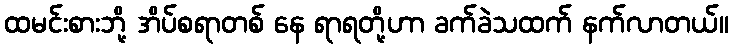
ထမင်းစားဘို့ အိပ်စရာတစ် နေ ရာရတို့ဟာ ခက်ခဲသထက် နက်လာတယ်။